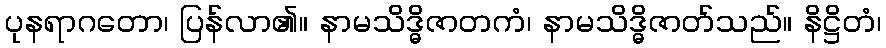
ပုနရာဂတော၊ ပြန်လာ၏။ နာမသိဒ္ဓိဇာတကံ၊ နာမသိဒ္ဓိဇာတ်သည်။ နိဋ္ဌိတံ၊